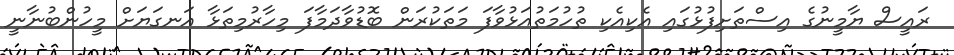
ރައީސް ޔާމީނުގެ އިސްތަށިފުޅުގައި އެކިއެކި ތުހުމަތުއަޅުވާފަ މަތަކުރަން ބޮޑުވާދަމާފަ މިހާރުމިތަޅާ އަނގަޔަށް މީހުންބުނާނީ